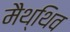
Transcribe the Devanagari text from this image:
मैथ्थिव